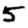
Digit: 5